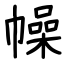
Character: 幧